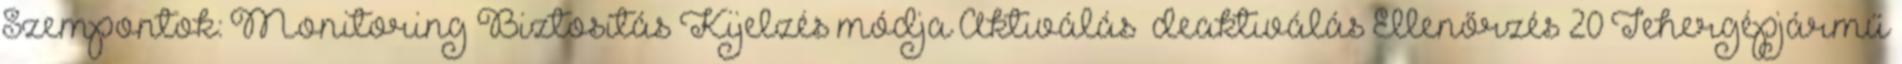
Szempontok: Monitoring Biztosítás Kijelzés módja Aktiválás deaktiválás Ellenőrzés 20 Tehergépjármű